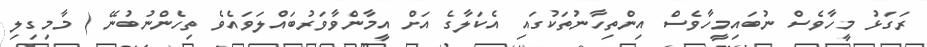
ރަގަޅު މީހާވެސް ނުބައިމީހާވެސް އިންތިހާނުތަކުގައި އެކަލާގެ އަށް އީމާންވާވަރުބައްލަވައެވެ ތިހެންނުބުނޭ ( މާމިގިލި